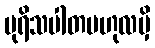
ပုရိသပါတဗဟုလမှိ